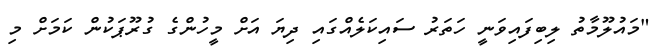
"މައުލޫމާތު ލިބިފައިވަނީ ހަތަރު ސައިކަލެއްގައި ދިޔަ އަށް މީހުންގެ ގުރޫޕަކުން ކަމަށް މި